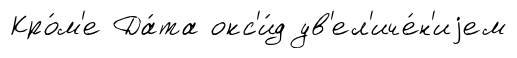
Кро́м'е Да́та окс'и́д ув'ел'иче́н'иjем